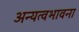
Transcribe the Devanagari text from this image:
अन्यत्वभावना